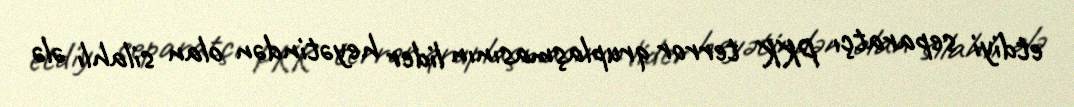
etdiyi separatçı PKK terror qruplaşmasının lider heyətindən olan silahlı ələ